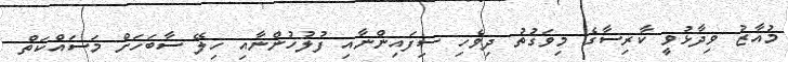
މުއާޒު ވިދާޅުވީ ކާރިސާގެ މިވަގުތު ދިވެހި ސިފައިންނާއި ފުލުހުންނާއި ހިލޭ ސާބަހަށް މަސައްކަތް